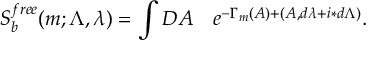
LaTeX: S _ { b } ^ { f r e e } ( m ; \Lambda , \lambda ) = \int { \cal D } A \quad e ^ { - \Gamma _ { m } ( A ) + ( A , d \lambda + i \ast d \Lambda ) } .